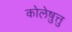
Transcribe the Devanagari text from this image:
कोलेष़ुत्तु